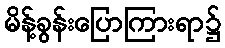
မိန့်ခွန်းပြောကြားရာ၌